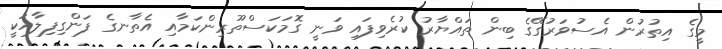
މީގެ އިތުރުން އެސުވަރުގޭގެ ބިން ތައްޔާރު ކުރެވިފައި ވަނީ ގޮމަކަސްތޫރިންކަމާއި އެތާނގެ ފަންގިފިލާއަކީ